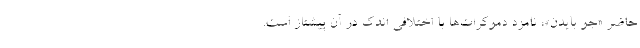
حاضر «جو بایدن»، نامزد دموکرات‌ها با اختلافی اندک در آن پیشتاز است.